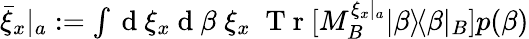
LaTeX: \begin{array}{r}{{\bar{\xi}_{x}}|_{a}:=\int\mathrm{~d~}\xi_{x}\mathrm{~d~}\beta\; \xi_{x}\; \mathrm{~T~r~}[M_{B}^{{\xi_{x}}|_{a}}|\beta\rangle\! \langle\beta|_{B}]p(\beta)}\end{array}